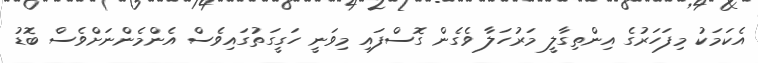
އެކަމަކު މިފަހަރުގެ އިންތިގާލީ މަރުހަލާ ވެގެން ގޮސްފައި މިވަނީ ހަގީގަތުގައިވެސް އެންމެންނަށްވެސް ބޮޑު